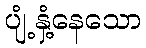
ပျံ့နှံ့နေသော